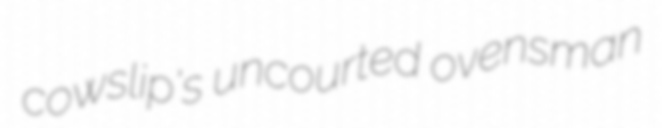
cowslip's uncourted ovensman